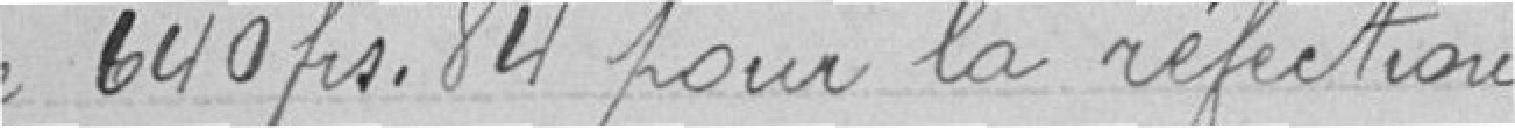
de 640 francs  84 pour la réfection